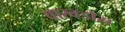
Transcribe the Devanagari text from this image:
वारवडोस